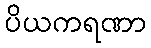
ပိယကရဏာ